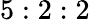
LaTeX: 5:2:2